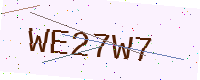
Text: WE27W7